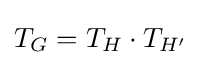
T_{G}=T_{H}\cdot T_{H'}